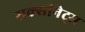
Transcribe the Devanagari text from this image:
सक्सीनेट्स